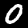
Digit: 0